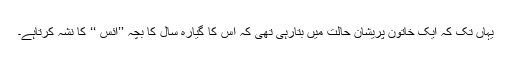
یہاں تک کہ ایک خاتون پریشان حالت میں بتارہی تھی کہ اس کا گیارہ سال کا بچہ ’’آئس ‘‘ کا نشہ کرتاہے۔